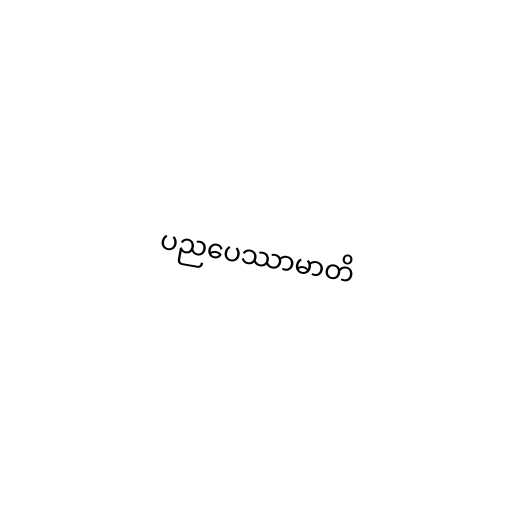
ပညပေဿာမာတိ